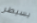
يسيطر